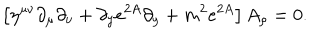
\left[ \eta ^ { \mu \nu } \partial _ { \mu } \partial _ { \nu } + \partial _ { y } e ^ { 2 A } \partial _ { y } + m ^ { 2 } e ^ { 2 A } \right] A _ { \rho } = 0 .